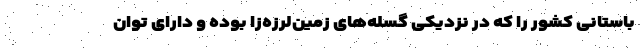
باستانی کشور را که در نزدیکی گسله‌های زمین‌لرزه‌زا بوده و دارای توان